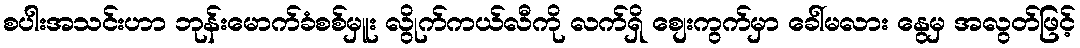
စပါးအသင်းဟာ ဘုန်းမောက်ခံစစ်မှူး လွိုက်ကယ်လီကို လက်ရှိ စျေးကွက်မှာ ခေါ်မလား နွေမှ အလွတ်ဖြင့်